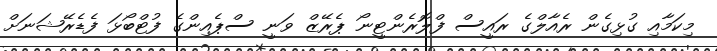
މިކަމާއި ގުޅިގެން ރެއާލްގެ ރައީސް ފްލޮރެންޓީނޯ ޕެރޭޒް ވަނީ ސްޕެއިންގެ ފުޓްބޯޅަ ފެޑެރޭޝަނަށް